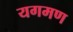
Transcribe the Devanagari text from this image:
यगमण